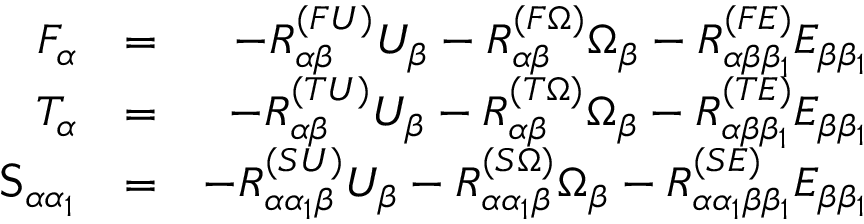
\begin{array} { r l r } { F _ { \alpha } } & { = } & { - { R } _ { \alpha \beta } ^ { ( F U ) } U _ { \beta } - { R } _ { \alpha \beta } ^ { ( F \Omega ) } \Omega _ { \beta } - { R } _ { \alpha \beta \beta _ { 1 } } ^ { ( F E ) } E _ { \beta \beta _ { 1 } } } \\ { T _ { \alpha } } & { = } & { - { R } _ { \alpha \beta } ^ { ( T U ) } U _ { \beta } - { R } _ { \alpha \beta } ^ { ( T \Omega ) } \Omega _ { \beta } - { R } _ { \alpha \beta \beta _ { 1 } } ^ { ( T E ) } E _ { \beta \beta _ { 1 } } } \\ { \mathsf { S } _ { \alpha \alpha _ { 1 } } } & { = } & { - { R } _ { \alpha \alpha _ { 1 } \beta } ^ { ( S U ) } U _ { \beta } - { R } _ { \alpha \alpha _ { 1 } \beta } ^ { ( S \Omega ) } \Omega _ { \beta } - { R } _ { \alpha \alpha _ { 1 } \beta \beta _ { 1 } } ^ { ( S E ) } E _ { \beta \beta _ { 1 } } } \end{array}